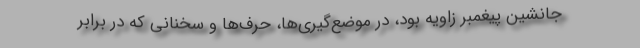
جانشین پیغمبر زاویه بود، در موضع‌گیری‌ها، حرف‌ها و سخنانی که در برابر